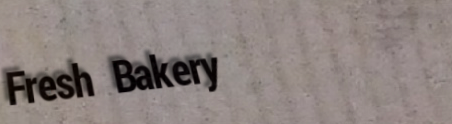
Fresh Bakery